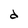
Character: d